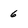
Character: 6